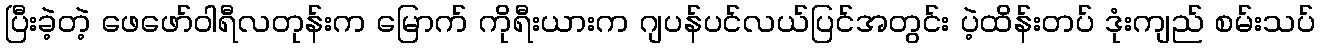
ပြီးခဲ့တဲ့ ဖေဖော်ဝါရီလတုန်းက မြောက် ကိုရီးယားက ဂျပန်ပင်လယ်ပြင်အတွင်း ပဲ့ထိန်းတပ် ဒုံးကျည် စမ်းသပ်